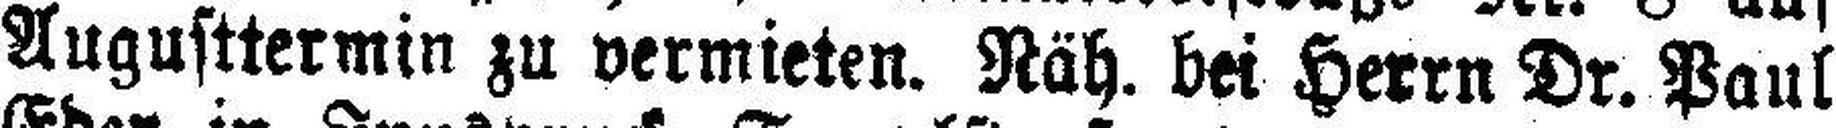
Augusttermin zu vermieten. Näh. bei Herrn Dr. Paul